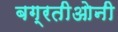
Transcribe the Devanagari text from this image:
बग्रतीओनी